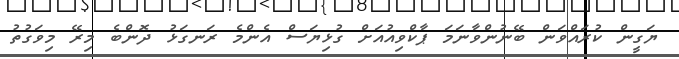
ޔަގީން ކުރައްވަން ބޭނުންވާނަމަ ޕާކްވިއުއަށް ގުޅިޔަސް އެންމެ ރަނގަޅު ދޮންބެ މިރޭ މިވަގުތު